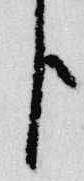
臣